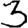
Digit: 3